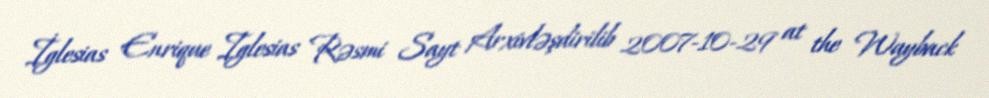
İglesias Enrique Iglesias Rəsmi Sayt Arxivləşdirilib 2007-10-29 at the Wayback